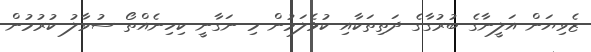
ޒެވިޔަން އަލީނާގެ ބުރުގާގެ ދަތިތަކާއި ކުޅެލަމުން މި ނަގާނީ ކިހިނެއްތޯ ސުވާލު ކުރުމުން